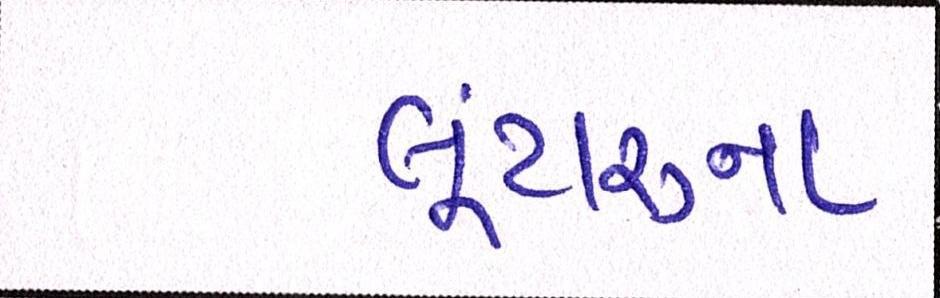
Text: લૂંટારુના